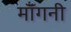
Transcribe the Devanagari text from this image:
मॉँगनी